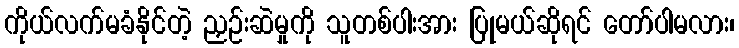
ကိုယ်လက်မခံနိုင်တဲ့ ညှဉ်းဆဲမှုကို သူတစ်ပါးအား ပြုမယ်ဆိုရင် တော်ပါမလား၊